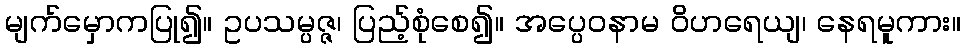
မျက်မှောကပြု၍။ ဥပသမ္ပဇ္ဇ၊ ပြည့်စုံစေ၍။ အပ္ပေဝနာမ ဝိဟရေယျ၊ နေရမူကား။